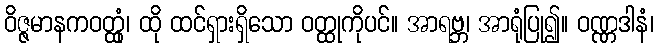
ဝိဇ္ဇမာနကဝတ္ထုံ၊ ထို ထင်ရှားရှိသော ဝတ္ထုကိုပင်။ အာရဗ္ဘ၊ အာရုံပြု၍။ ဝဏ္ဏဒါနံ၊